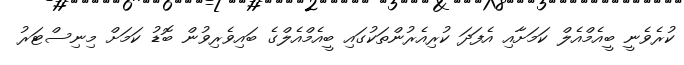
ކުރެވެނީ ބީއެމްއެލް ކަމަށާއި އެފަދަ ކުރިއެރުންތަކުގައި ބީއެމްއެލްގެ ބައިވެރިވުން ބޮޑު ކަމަށް މިނިސްޓަރު